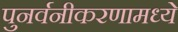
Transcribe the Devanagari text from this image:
पुनर्वनीकरणामध्ये